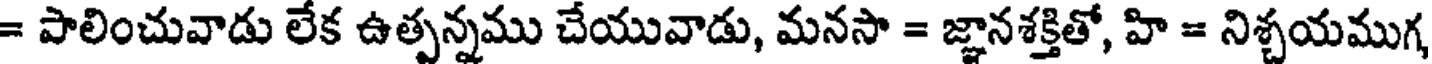
= పాలించువాడు లేక ఉత్పన్నము చేయువాడు, మనసా = జ్ఞానశక్తితో, హి = నిశ్చయముగ